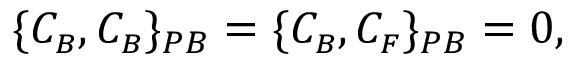
\{ C _ { \scriptscriptstyle B } , C _ { \scriptscriptstyle B } \} _ { P B } = \{ C _ { \scriptscriptstyle B } , C _ { \scriptscriptstyle F } \} _ { P B } = 0 ,